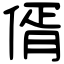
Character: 偦